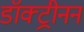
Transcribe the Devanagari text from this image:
डॉक्ट्रीनन